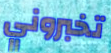
تخبروني